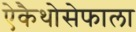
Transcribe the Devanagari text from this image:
ऐकैथोसेफाला